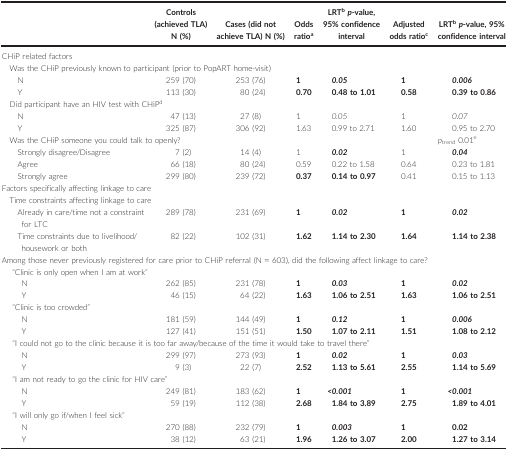
<table><thead><tr><td></td><td><b>Controls (achieved TLA) N (%)</b></td><td><b>Cases (did not achieve TLA) N (%)</b></td><td><b>Odds ratioa</b></td><td><b>LRTb<i>p</i>‐value, 95% confidence interval</b></td><td><b>Adjusted odds ratioc</b></td><td><b>LRTb<i>p</i>‐value, 95% confidence interval</b></td></tr></thead><tbody><tr><td colspan="7">CHiP related factors</td></tr><tr><td colspan="7">Was the CHiP previously known to participant (prior to PopART home‐visit)</td></tr><tr><td>N</td><td>259 (70)</td><td>253 (76)</td><td><b>1</b></td><td><i><b>0.05</b></i></td><td><b>1</b></td><td><i><b>0.006</b></i></td></tr><tr><td>Y</td><td>113 (30)</td><td>80 (24)</td><td><b>0.70</b></td><td><b>0.48 to 1.01</b></td><td><b>0.58</b></td><td><b>0.39 to 0.86</b></td></tr><tr><td colspan="6">Did participant have an HIV test with CHiPd</td><td></td></tr><tr><td>N</td><td>47 (13)</td><td>27 (8)</td><td>1</td><td><i>0.05</i></td><td>1</td><td><i>0.07</i></td></tr><tr><td>Y</td><td>325 (87)</td><td>306 (92)</td><td>1.63</td><td>0.99 to 2.71</td><td>1.60</td><td>0.95 to 2.70</td></tr><tr><td colspan="6">Was the CHiP someone you could talk to openly?</td><td><i>p</i><sub>trend</sub> 0.01e</td></tr><tr><td>Strongly disagree/Disagree</td><td>7 (2)</td><td>14 (4)</td><td>1</td><td><i><b>0.02</b></i></td><td>1</td><td><i><b>0.04</b></i></td></tr><tr><td>Agree</td><td>66 (18)</td><td>80 (24)</td><td>0.59</td><td>0.22 to 1.58</td><td>0.64</td><td>0.23 to 1.81</td></tr><tr><td>Strongly agree</td><td>299 (80)</td><td>239 (72)</td><td><b>0.37</b></td><td><b>0.14 to 0.97</b></td><td>0.41</td><td>0.15 to 1.13</td></tr><tr><td colspan="7">Factors specifically affecting linkage to care</td></tr><tr><td colspan="7">Time constraints affecting linkage to care</td></tr><tr><td>Already in care/time not a constraint for LTC</td><td>289 (78)</td><td>231 (69)</td><td><b>1</b></td><td><i><b>0.02</b></i></td><td><b>1</b></td><td><i><b>0.02</b></i></td></tr><tr><td>Time constraints due to livelihood/housework or both</td><td>82 (22)</td><td>102 (31)</td><td><b>1.62</b></td><td><b>1.14 to 2.30</b></td><td><b>1.64</b></td><td><b>1.14 to 2.38</b></td></tr><tr><td colspan="7">Among those never previously registered for care prior to CHiP referral (N = 603), did the following affect linkage to care?</td></tr><tr><td colspan="7">“Clinic is only open when I am at work”</td></tr><tr><td> N</td><td>262 (85)</td><td>231 (78)</td><td><b>1</b></td><td><i><b>0.03</b></i></td><td><b>1</b></td><td><i><b>0.02</b></i></td></tr><tr><td> Y</td><td>46 (15)</td><td>64 (22)</td><td><b>1.63</b></td><td><b>1.06 to 2.51</b></td><td><b>1.63</b></td><td><b>1.06 to 2.51</b></td></tr><tr><td colspan="7"> “Clinic is too crowded”</td></tr><tr><td> N</td><td>181 (59)</td><td>144 (49)</td><td><b>1</b></td><td><i><b>0.12</b></i></td><td><b>1</b></td><td><i><b>0.006</b></i></td></tr><tr><td> Y</td><td>127 (41)</td><td>151 (51)</td><td><b>1.50</b></td><td><b>1.07 to 2.11</b></td><td><b>1.51</b></td><td><b>1.08 to 2.12</b></td></tr><tr><td colspan="7"> “I could not go to the clinic because it is too far away/because of the time it would take to travel there”</td></tr><tr><td> N</td><td>299 (97)</td><td>273 (93)</td><td><b>1</b></td><td><i><b>0.02</b></i></td><td><b>1</b></td><td><i><b>0.03</b></i></td></tr><tr><td> Y</td><td>9 (3)</td><td>22 (7)</td><td><b>2.52</b></td><td><b>1.13 to 5.61</b></td><td><b>2.55</b></td><td><b>1.14 to 5.69</b></td></tr><tr><td colspan="7"> “I am not ready to go the clinic for HIV care”</td></tr><tr><td> N</td><td>249 (81)</td><td>183 (62)</td><td><b>1</b></td><td><i><b>&lt;0.001</b></i></td><td><b>1</b></td><td><i><b>&lt;0.001</b></i></td></tr><tr><td> Y</td><td>59 (19)</td><td>112 (38)</td><td><b>2.68</b></td><td><b>1.84 to 3.89</b></td><td><b>2.75</b></td><td><b>1.89 to 4.01</b></td></tr><tr><td colspan="7"> “I will only go if/when I feel sick”</td></tr><tr><td> N</td><td>270 (88)</td><td>232 (79)</td><td><b>1</b></td><td><i><b>0.003</b></i></td><td><b>1</b></td><td><b>0.02</b></td></tr><tr><td> Y</td><td>38 (12)</td><td>63 (21)</td><td><b>1.96</b></td><td><b>1.26 to 3.07</b></td><td><b>2.00</b></td><td><b>1.27 to 3.14</b></td></tr></tbody></table>